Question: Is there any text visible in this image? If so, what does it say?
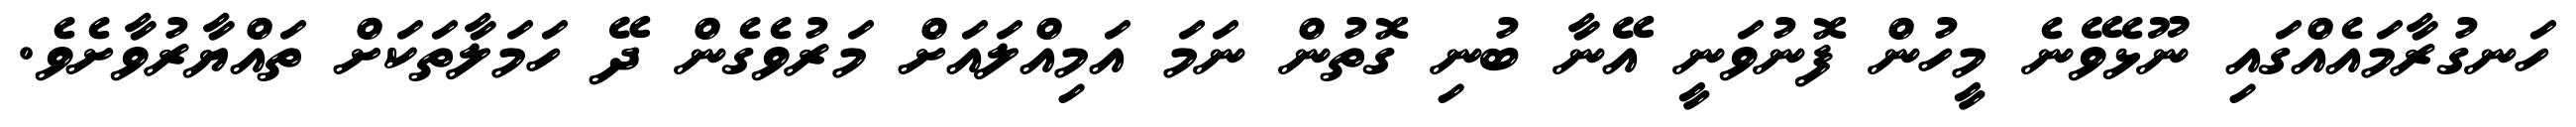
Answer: ހަނގުރާމައެއްގައި ނޫޅެވޭނެ މީހުން ފޮނުވަނީ އޭނާ ބުނި ގޮތުން ނަމަ އަމިއްލައަށް މަރުވެގެން ދޭ ހަމަލާތަކަށް ތައްޔާރުވާށެވެ.